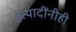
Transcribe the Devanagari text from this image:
इत्यादींनीही